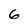
Character: 6